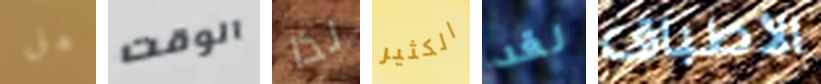
هل الوقت لذا الكثير لقد الأطباق